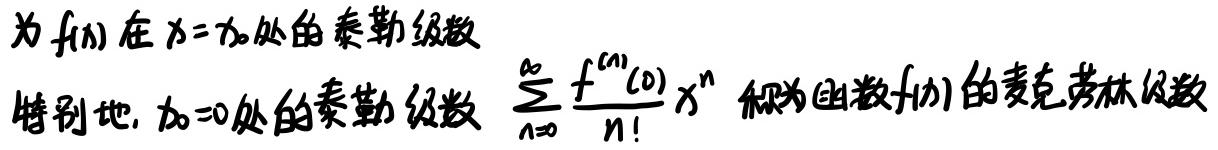
为$f(x)$在$x = x_0$处的泰勒级数

特别地，$x_0 = 0$处的泰勒级数$\sum_{n = 0}^{\infty}\frac{f^{(n)}(0)}{n!}x^{n}$称为函数$f(x)$的麦克劳林级数